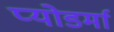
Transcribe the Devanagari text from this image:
प्योडर्मा